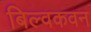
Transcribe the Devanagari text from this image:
बिल्वकवन